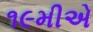
૧૯મીએ